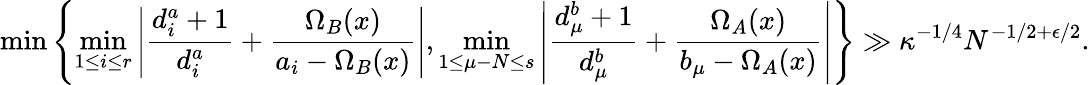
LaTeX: \operatorname*{min}\left\{ \operatorname*{min}_{1\leq i\leq r}\left|\frac{d_{i}^{a}+1}{d_{i}^{a}}+\frac{\Omega_{B}(x)}{a_{i}-\Omega_{B}(x)}\right|,\operatorname*{min}_{1\leq\mu-N\leq s}\left|\frac{d_{\mu}^{b}+1}{d_{\mu}^{b}}+\frac{\Omega_{A}(x)}{b_{\mu}-\Omega_{A}(x)}\right|\right\} \gg\kappa^{-1/4}N^{-1/2+\epsilon/2}.